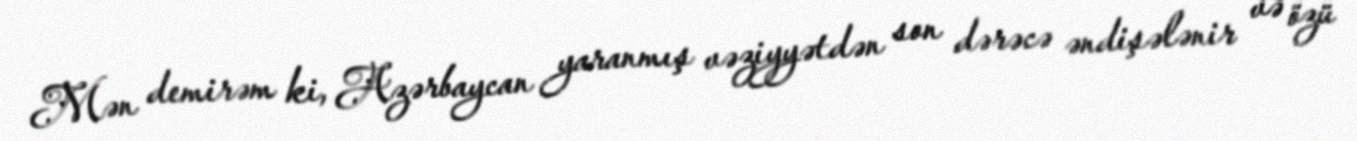
Mən demirəm ki, Azərbaycan yaranmış vəziyyətdən son dərəcə əndişələnir və özü